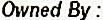
OWNED BY :